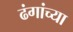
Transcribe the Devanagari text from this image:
ढंगांच्या